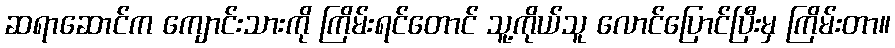
ဆရာဆောင်က ကျောင်းသားကို ကြိမ်းရင်တောင် သူ့ကိုယ်သူ လောင်ပြောင်ပြီးမှ ကြိမ်းတာ။